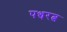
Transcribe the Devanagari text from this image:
पञ्चरत्न